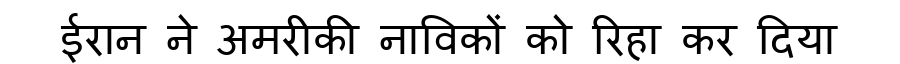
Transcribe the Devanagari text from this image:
ईरान ने अमरीकी नाविकों को रिहा कर दिया